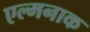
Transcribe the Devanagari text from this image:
एल्मनाक